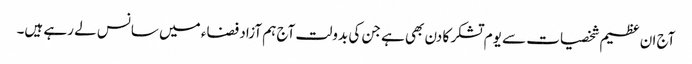
آج ان عظیم شخصیات سے یوم تشکر کا دن بھی ہے جن کی بدولت آج ہم آزاد فضاء میں سانس لے رہے ہیں۔